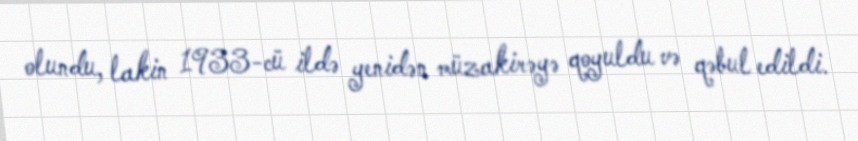
olundu, lakin 1933-cü ildə yenidən müzakirəyə qoyuldu və qəbul edildi.